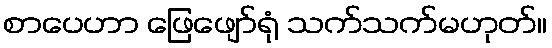
စာပေဟာ ဖြေဖျော်ရုံ သက်သက်မဟုတ်။